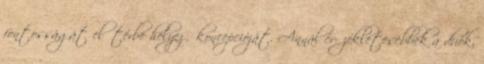
fontosságát előtérbe helyező koncepcióját. Annál ér- zékletesebbek a duók,